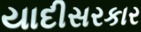
યાદીસરકાર